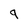
Character: 9